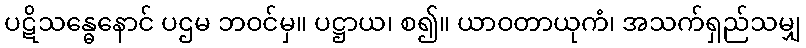
ပဋိသန္ဓေနောင် ပဌမ ဘဝင်မှ။ ပဋ္ဌာယ၊ စ၍။ ယာဝတာယုကံ၊ အသက်ရှည်သမျှ